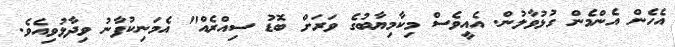
އެހެން އެންމެން ގުޅުވާލުން. އެއީވެސް މިކާމިޔާބުގެ ވަރަށް ބޮޑު ސިއްރެއް" އެމަނިކުފާނު ވިދާޅުވިއެވެ.